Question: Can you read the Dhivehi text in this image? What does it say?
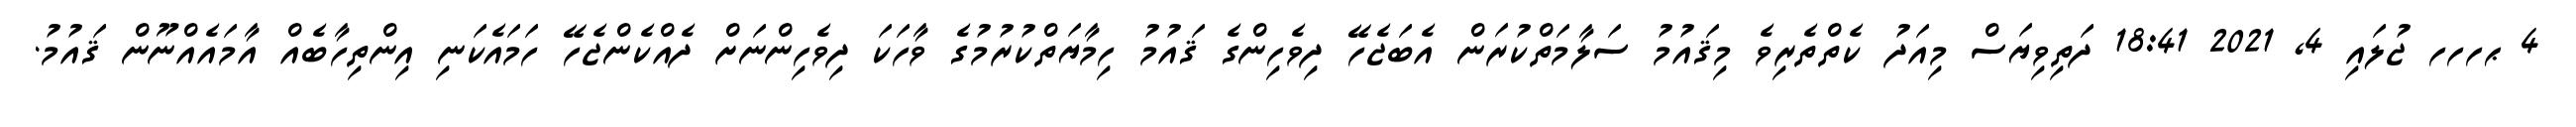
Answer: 4 ޙހހހ ޖުލައި 4, 2021 18:41 ދަތިވިޔަސް މިއަދު ކެތްތެރިވެ މިޤައުމު ސަލާމަތްކުރަން އެބަޖެހޭ ދިވެހިންގެ ޤައުމު ހިމާޔަތްކުރުމުގެ ވާހަކަ ދިވެހިންނަށް ދެއްކެންޖެހޭ ހަމައެކަނި އިންތިހާބެއް އާމައެއްނޫން ޤައުމު.